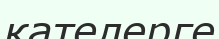
қателерге